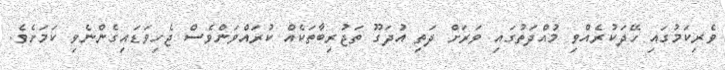
ވެރިކަމުގައި ހޭދަކުރެއްވި މުއްދަތުގައި ވަރަށް ދަތި އުދަގޫ ތަޖުރިބާތަކެއް ކުރައްވަންވެސް ޖެހިވަޑައިގެންނެވި ކަމަށެވެ.